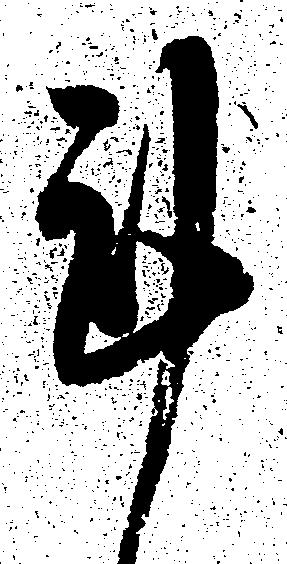
謹